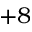
+ 8